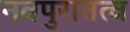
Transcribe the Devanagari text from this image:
नवपुरातत्व